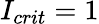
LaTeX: I_{crit}=1